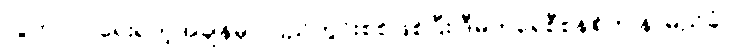
လွတ်လပ်ရေးရတဲ့အချိန်မှာ ပြည်တွင်းစစ်ဖြစ်ပြီး ဒီမိုကရေစီစနစ်က နာမည်ခံပဲ